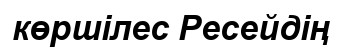
көршілес Ресейдің